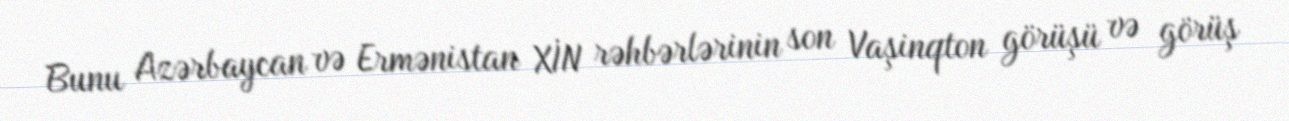
Bunu Azərbaycan və Ermənistan XİN rəhbərlərinin son Vaşinqton görüşü və görüş